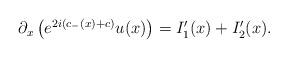
LaTeX: \begin{align*}\begin{aligned}\partial_x \left( e^{2i(c_-(x)+c)} u(x) \right)&=I_1'(x)+I_2'(x).\end{aligned}\end{align*}